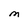
Character: M